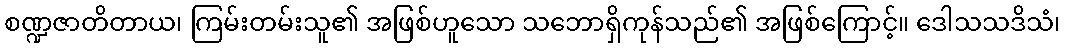
စဏ္ဍဇာတိတာယ၊ ကြမ်းတမ်းသူ၏ အဖြစ်ဟူသော သဘောရှိကုန်သည်၏ အဖြစ်ကြောင့်။ ဒေါသသဒိသံ၊